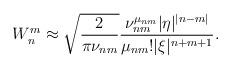
LaTeX: \begin{align*}W_n^m\approx\sqrt {\frac 2{\pi\nu_{nm}}}\frac {\nu_{nm}^{\mu_{nm}}|\eta |^{|n-m|}}{\mu_{nm}!|\xi |^{n+m+1}}.\end{align*}